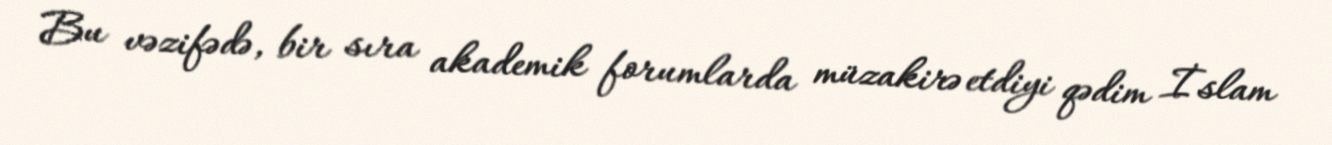
Bu vəzifədə, bir sıra akademik forumlarda müzakirə etdiyi qədim İslam